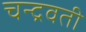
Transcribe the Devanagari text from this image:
चन्द्रवती